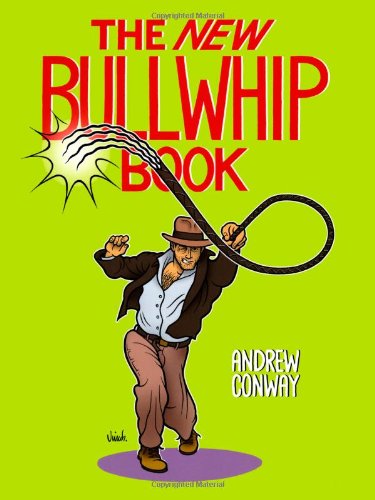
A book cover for The New Bullwhip Book; Andrew Conway; Crafts, Hobbies & Home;